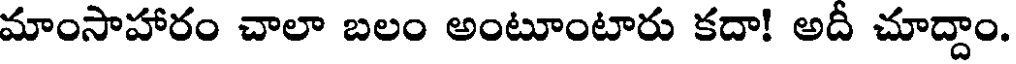
మాంసాహారం చాలా బలం అంటూంటారు కదా! అదీ చూద్దాం.